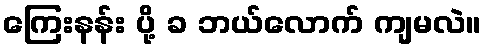
ကြေးနန်း ပို့ ခ ဘယ်လောက် ကျမလဲ။